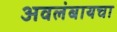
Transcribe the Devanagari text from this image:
अवलंबायचा